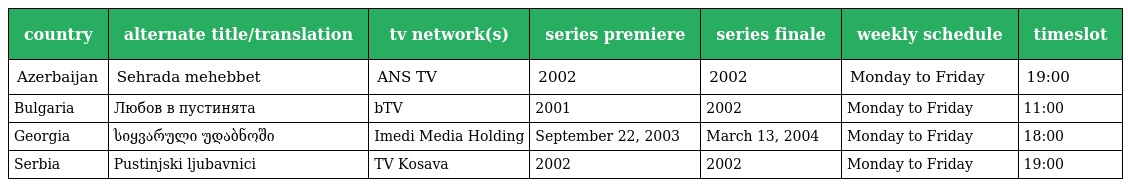
| country | alternate title/translation | tv network(s) | series premiere | series finale | weekly schedule | timeslot |
 | --- | --- | --- | --- | --- | --- | --- |
 | Azerbaijan | Sehrada mehebbet | ANS TV | 2002 | 2002 | Monday to Friday | 19:00 |
 | Bulgaria | Любов в пустинята | bTV | 2001 | 2002 | Monday to Friday | 11:00 |
 | Georgia | სიყვარული უდაბნოში | Imedi Media Holding | September 22, 2003 | March 13, 2004 | Monday to Friday | 18:00 |
 | Serbia | Pustinjski ljubavnici | TV Kosava | 2002 | 2002 | Monday to Friday | 19:00 |